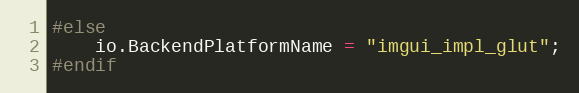
Language: C++
#else
    io.BackendPlatformName = "imgui_impl_glut";
#endif